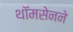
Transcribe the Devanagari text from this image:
थॉमसेनने